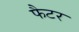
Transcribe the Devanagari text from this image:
फैटर